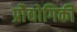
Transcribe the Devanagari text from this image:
प्रोैद्योगिकी